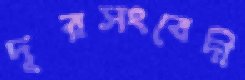
দূরসংবেদী